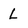
Character: L